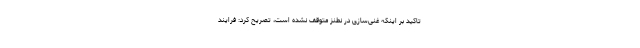
تاکید بر اینکه غنی‌سازی در نطنز متوقف نشده است، تصریح کرد: فرایند